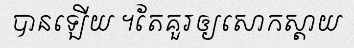
បានឡើយ ។តែគួរឲ្យសោកស្តាយ